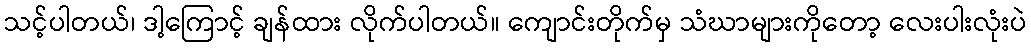
သင့်ပါတယ်၊ ဒါ့ကြောင့် ချန်ထား လိုက်ပါတယ်။ ကျောင်းတိုက်မှ သံဃာများကိုတော့ လေးပါးလုံးပဲ